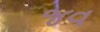
જવ